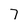
Character: 7